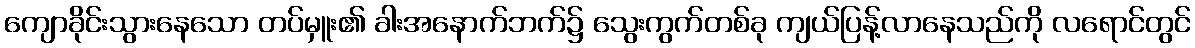
ကျောခိုင်းသွားနေသော တပ်မှူး၏ ခါးအနောက်ဘက်၌ သွေးကွက်တစ်ခု ကျယ်ပြန့်လာနေသည်ကို လရောင်တွင်